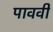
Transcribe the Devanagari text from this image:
पाववी